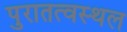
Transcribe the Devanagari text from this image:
पुरातत्वस्थल